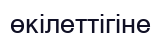
өкілеттігіне